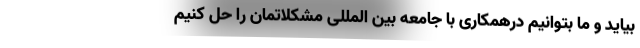
بیاید و ما بتوانیم درهمکاری با جامعه بین المللی مشکلاتمان را حل کنیم